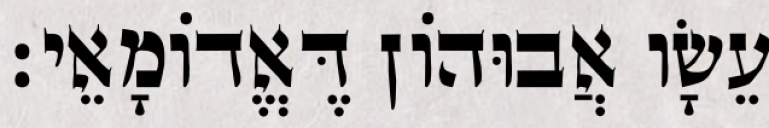
עֵשָׂו אֲבוּהוֹן דֶּאֱדוֹמָאֵי׃